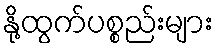
နို့ထွက်ပစ္စည်းများ